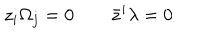
LaTeX: z _ { i } \Omega _ { j } = 0 \qquad \bar { z } ^ { i } \lambda = 0